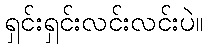
ရှင်းရှင်းလင်းလင်းပဲ။